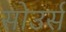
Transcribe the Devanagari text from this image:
सोउर्स